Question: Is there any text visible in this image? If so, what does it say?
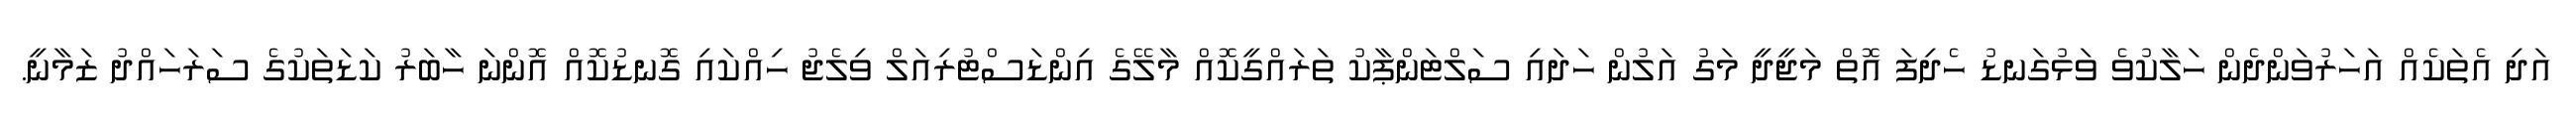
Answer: އަދި އެތަކެއް އަހަރުވަންދެން ހަލާކުވެ ވަޅުގަނޑު ހެދިފަ އޮތް މަޖީދީ މަގު އަލުން ހަދައި ސަލްޓަންޕާކު ތަރައްގީކޮއް މާލޭގެ އިންޑަސްޓުރިއަލް ވިލެޖު ހިއްކައި ގޮނޑުކޮއް އޮންނަ ހާބަރު ކަޑަތަކުގެ ސަރަހައްދު ޒަމާނީ.